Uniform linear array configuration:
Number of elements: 48
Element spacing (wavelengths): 1
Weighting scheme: hann
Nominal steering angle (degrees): -30
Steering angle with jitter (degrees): -29.553
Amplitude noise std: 0.05
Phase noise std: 0.05

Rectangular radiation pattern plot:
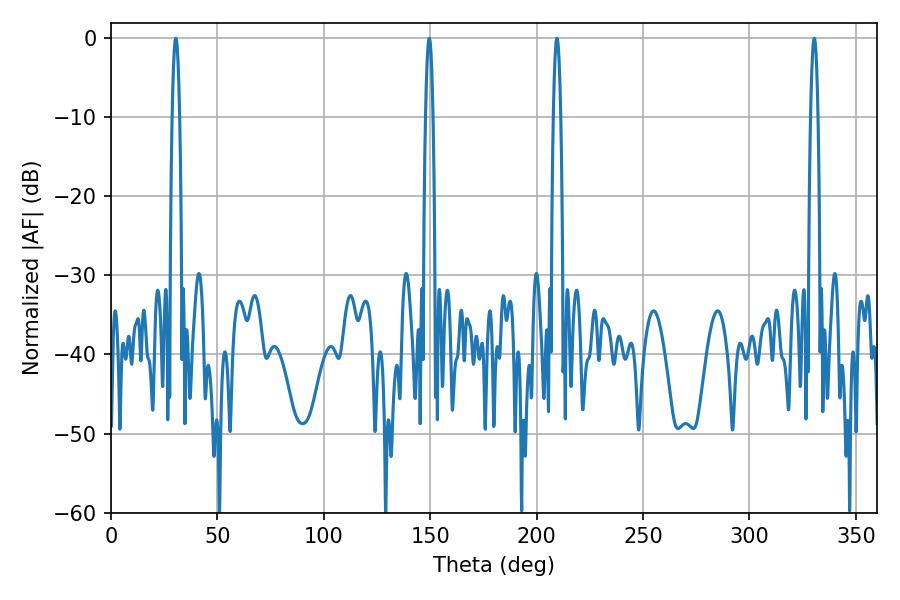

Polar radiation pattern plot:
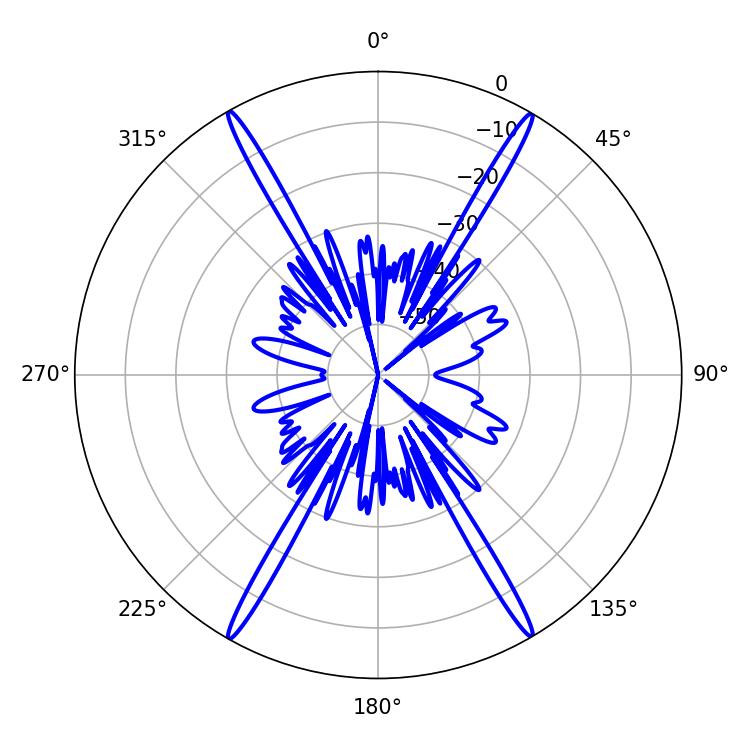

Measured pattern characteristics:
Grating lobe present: TRUE
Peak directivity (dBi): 31.523
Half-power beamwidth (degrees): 1.8
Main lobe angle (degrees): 209.52